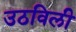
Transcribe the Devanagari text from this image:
उठविली